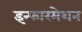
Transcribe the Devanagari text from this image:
इन्फारमेशन